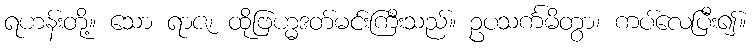
ရဟန်းတို့။ သော ရာဇ၊ ထိုဗြဟ္မဒတ်မင်းကြီးသည်။ ဥပသင်္ကမိတွာ၊ ကပ်လေပြီး၍။